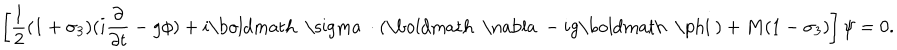
\left[ { \frac { 1 } { 2 } } ( 1 + \sigma _ { 3 } ) ( i { \frac { \partial } { \partial t } } - g \phi ) + i \mathrm { \boldmath ~ \ s i g m a ~ } \cdot ( \mathrm { \boldmath ~ \nabla ~ } - i g \mathrm { \boldmath ~ \ p h i ~ } ) + M ( 1 - \sigma _ { 3 } ) \right] \psi = 0 .